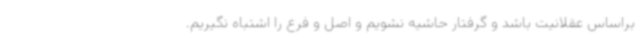
براساس عقلانیت باشد و گرفتار حاشیه نشویم و اصل و فرع را اشتباه نگیریم.